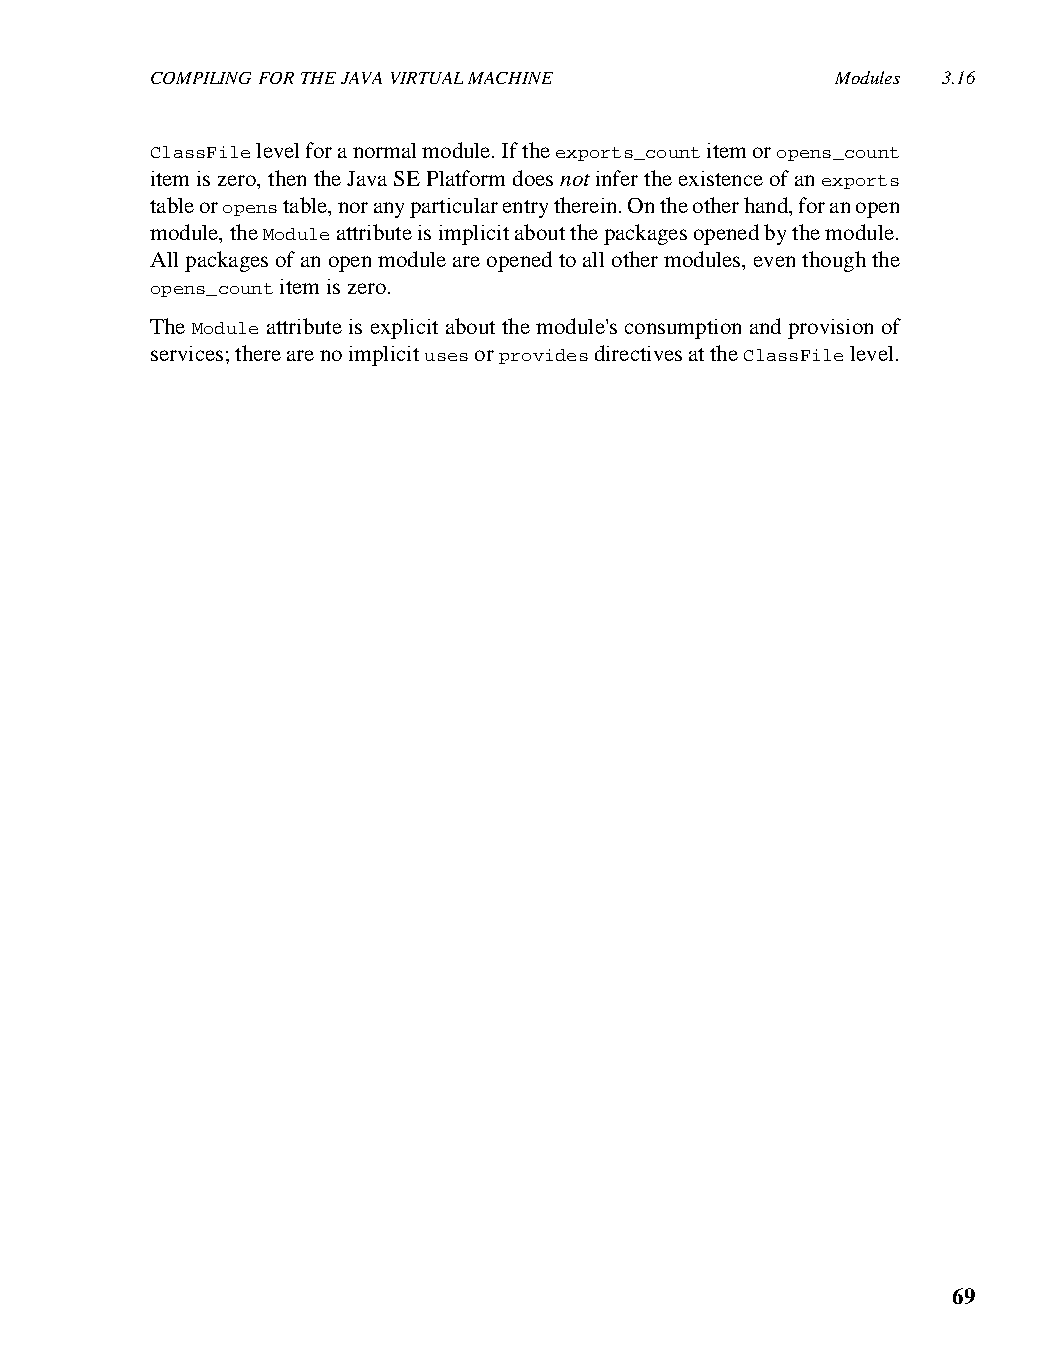
COMPILING FOR THE JAVA VIRTUAL MACHINE       Modules 3.16
 ClassFile level for a normal module. If the exports_count item or opens_count
 item is zero, then the Java SE Platform does not infer the existence of an exports
 table or opens table, nor any particular entry therein. On the other hand, for an open
 module, the Module attribute is implicit about the packages opened by the module.
 All packages of an open module are opened to all other modules, even though the
 opens_count item is zero.
 The Module attribute is explicit about the module's consumption and provision of
 services; there are no implicit uses or provides directives at the ClassFile level.
 69